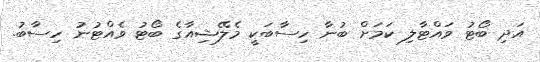
އަދި ބޯޓު ވައްޓާލި ކަމަށް ބުނާ ހިސާބަކީ މެލޭޝިއާގެ ބޯޓު ވެއްޓުުނު ހިސާބު.